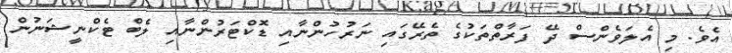
އެވެ. މި އެލަވެންސް ދޭ ފަރާތްތަކުގެ ތެރޭގައި ނަރުހުންނާއި ޑޮކްޓަރުންނާއި ލެބް ޓެކްނީޝަނުން